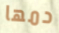
دمها